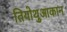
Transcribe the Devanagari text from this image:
तियोथुआकान